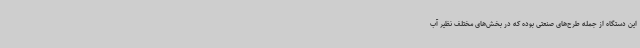
این دستگاه از جمله طرح‌های صنعتی بوده که در بخش‌های مختلف نظیر آب